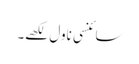
سائنسی ناول لکھے۔